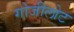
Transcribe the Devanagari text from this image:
गोजीलोट